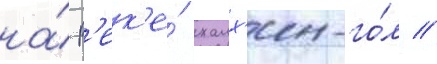
на́ р'ек'е́ халх'ин-го́л //